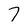
Character: 7